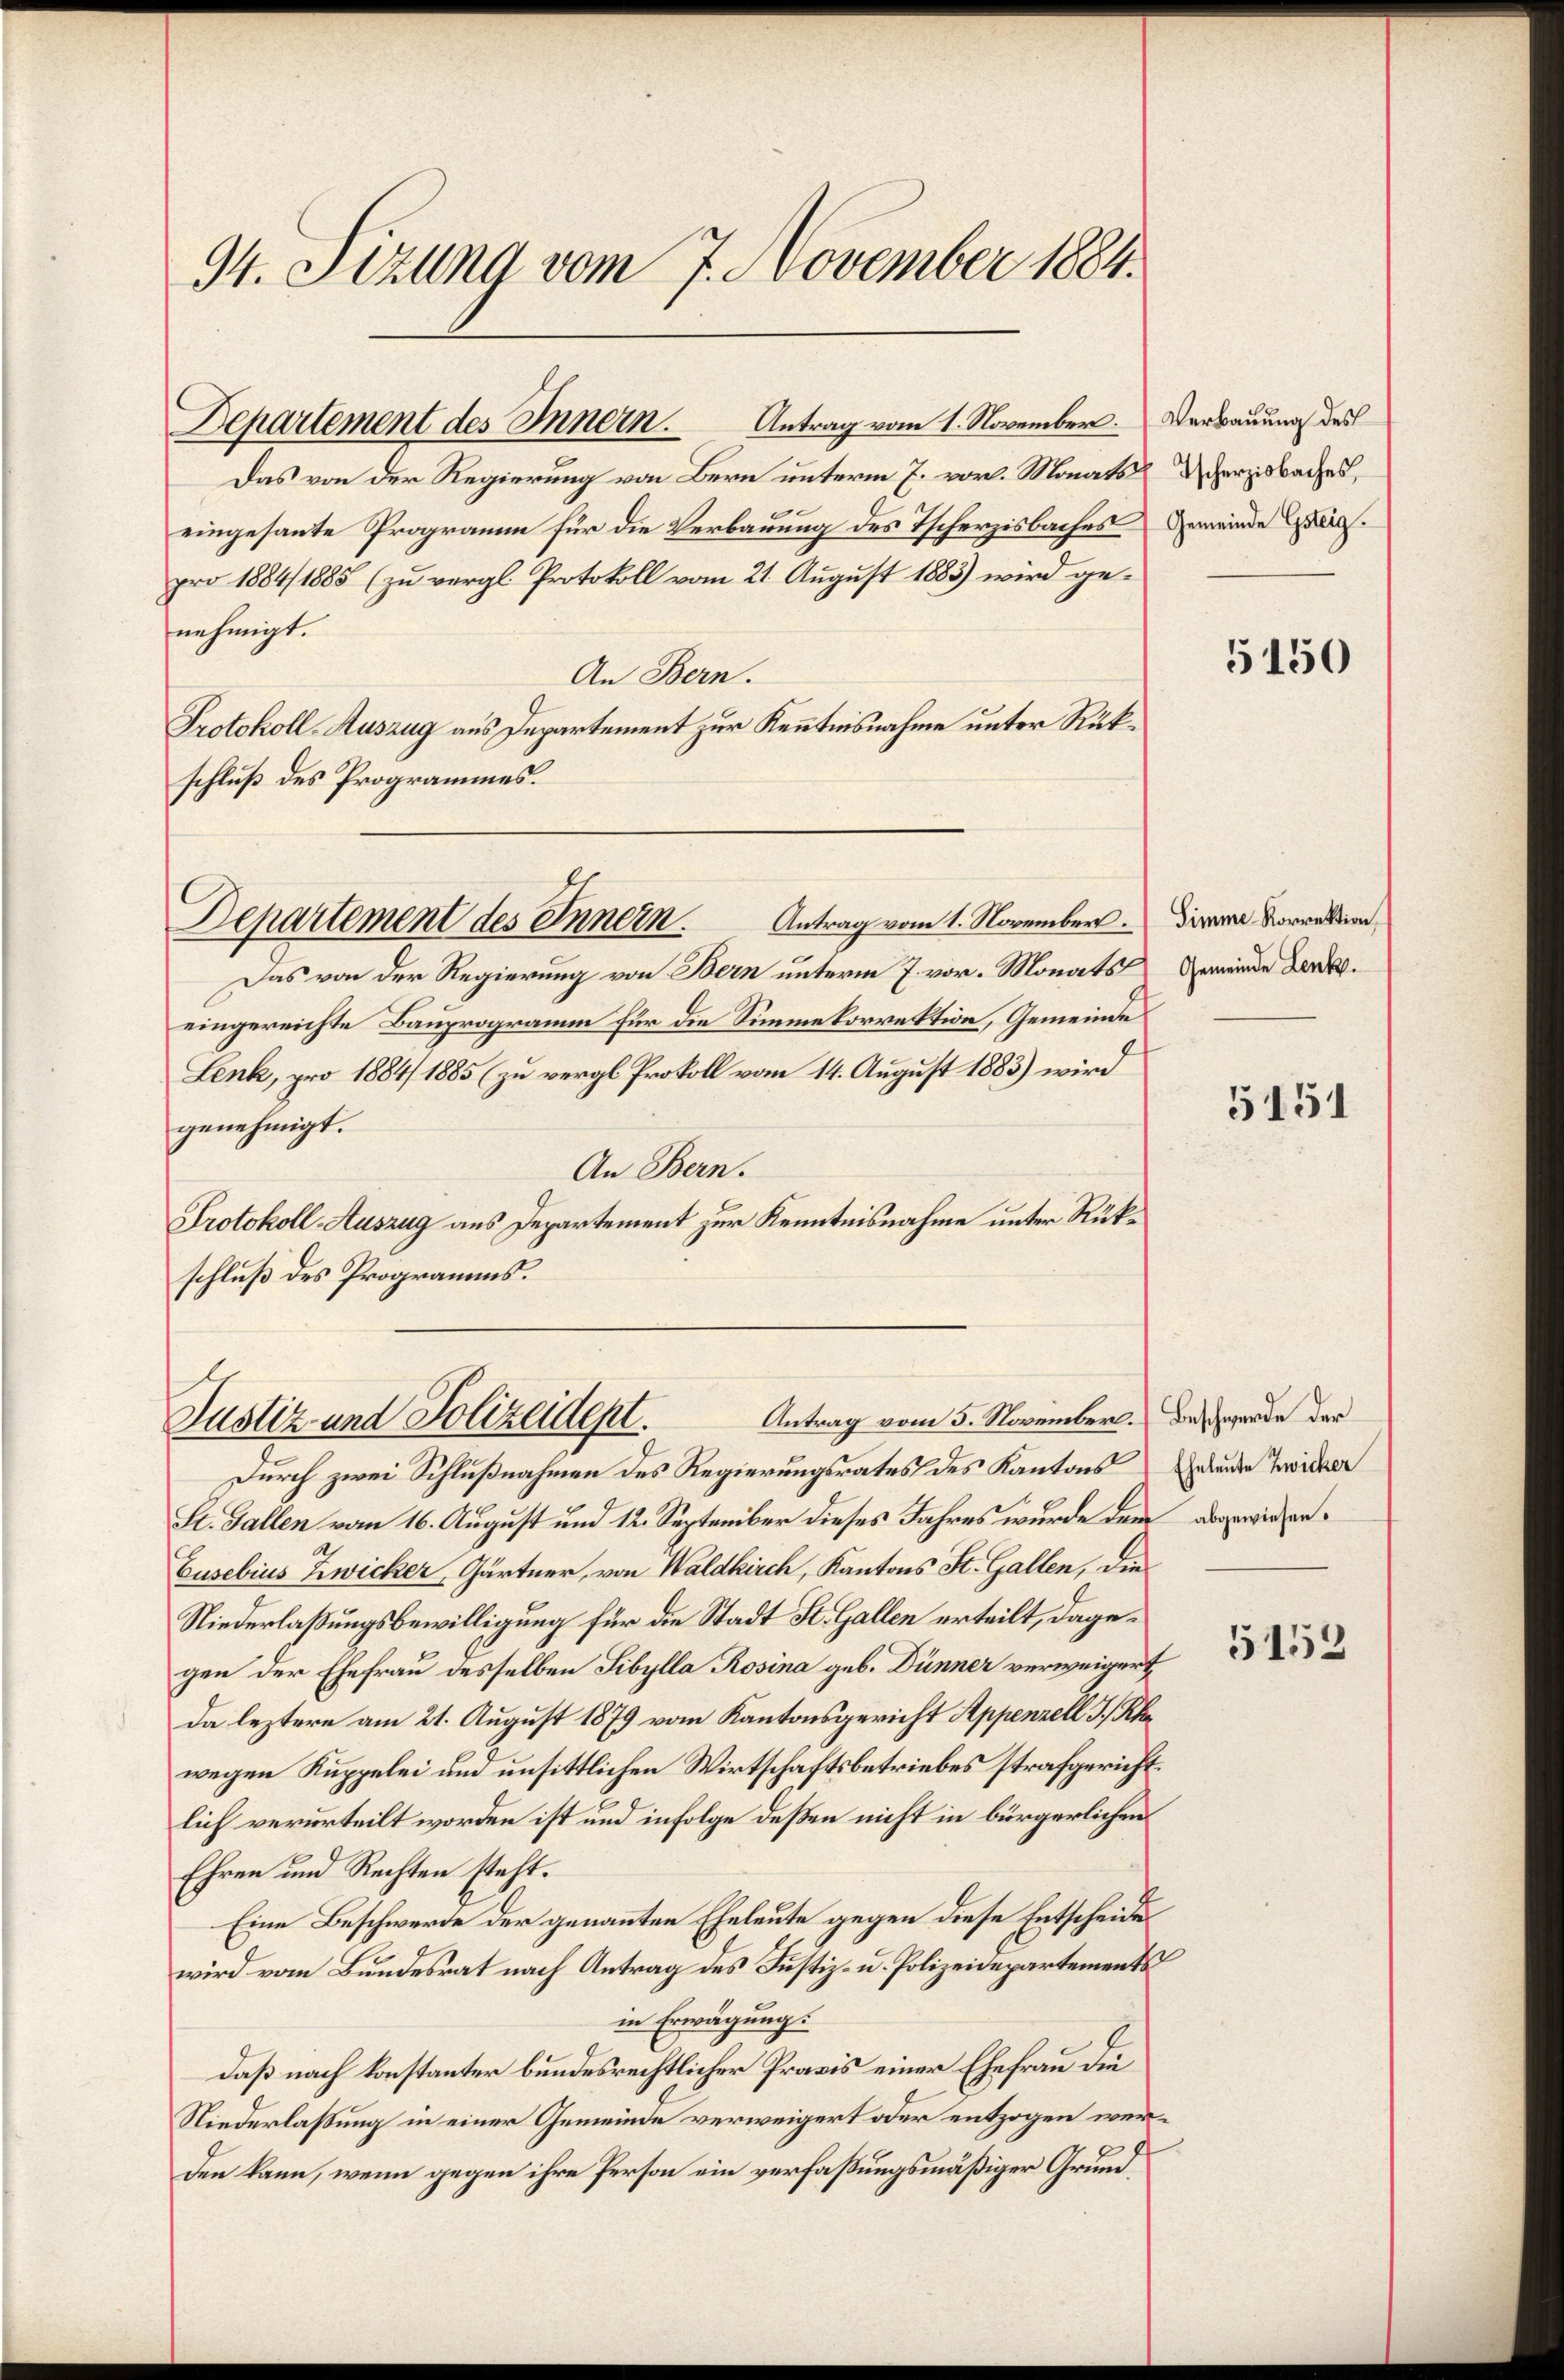
94. Sitzung vom 7. November 1884.

Departement des Innern Antrag vom 1. November.

Das von der Regierung von Bern unterm 7. vor. Monats herzisbaches,
eingesante Programm für die Verbauung des Tscherzisbaches
pro 1884/1885 (zu vergl. Protokoll vom 21. August 1883) wird genehmigt.
An Bern.
Protokoll-Auszug aus Departement zur Kenntnisnahme unter Rükschluß des Programmes.

Departement des Innern.

Antrag vom 5. November. Beschwerde der
Justiz und Polizeident.

Antrag vom 1. November.
Das von der Regierung von Bern unterm 7. vor. Monats
eingereichte Bauprogramm für die Simmekorrektion, Gemeinde
Lenk, pro 1884/ 1885 (zu vergl. Prokoll vom 14. August 1883) wird
genehmigt.
An Bern.
Protokoll- Auszug aus Departement zur Kenntnisnahme unter Rükschluß des Programms.

Verbauung des
Gemeinde Gsteig.

Durch zwei Schlußnahmen des Regierungsrates des Kantons Grunde Zwicker
St. Gallen vom 16. August und 12. September dieses Jahres wurde dem abgewieser¬
Cusebius Zwicker, Gärtner, von Waldkirch, Kantons St. Gallen, die
Niederlaßungsbewilligung für die Stadt St. Gallen erteilt, dagegen der Ehefrau desselben Sibylla Rosina geb. Dünner verweigert
da leztere am 21. August 1879 vom Kantonsgericht Appenzell I. Klawegen Kuppelei und unsittlichen Wirtschaftsbetriebes strafgericht.
lich verurteilt worden ist und infolge deßen nicht in bürgerlichen
Ehren und Rechten steht.
Eine Beschwerde der genannten Eheleute gegen diese Entscheide
wird vom Bundesrat nach Antrag des Justiz- u. Polizeidepartements
in Erwägung.
daß nach konstanter bundesrechtlicher Praxis einer Ehefrau die
Niederlassung in einer Gemeinde verweigert oder entzogen werden kann, wenn gegen ihre Person ein verfaßungsmäßiger Grund¬

5150

Simme Korrektion
Gemeinde Lenk.

5151

5152